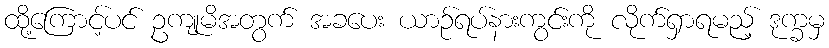
ထို့ကြောင့်ပင် ဥကျုမိအတွက် အခပေး ယာဉ်ရပ်နားကွင်းကို လိုက်ရှာရမည့် ဒုက္ခမှ